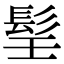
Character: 𩬎